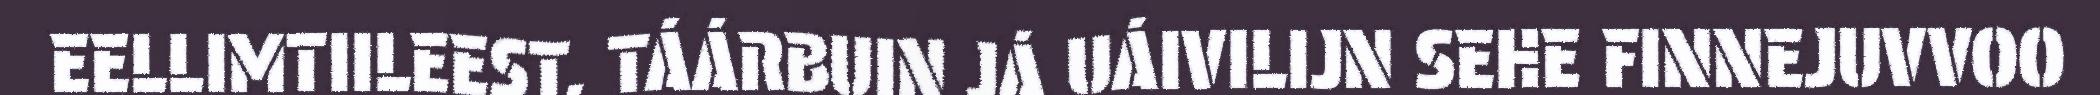
EELLIMTIILEEST, TÁÁRBUIN JÁ UÁIVILIJN SEHE FINNEJUVVOO